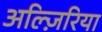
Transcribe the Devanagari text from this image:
अल्ज़िरिया